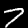
Digit: 7